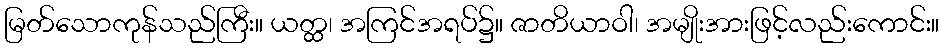
မြတ်သောကုန်သည်ကြီး။ ယတ္ထ၊ အကြင်အရပ်၌။ ဇာတိယာဝါ၊ အမျိုးအားဖြင့်လည်းကောင်း။